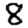
Digit: 8